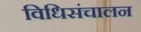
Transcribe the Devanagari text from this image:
विधिसंचालन